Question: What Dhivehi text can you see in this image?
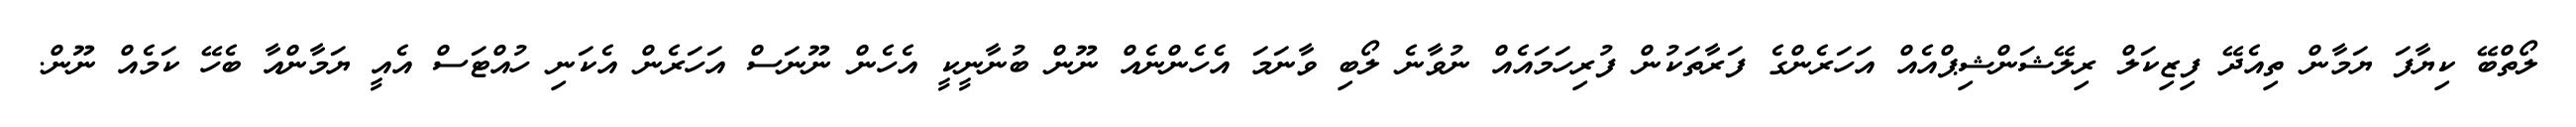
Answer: ލޯތްބޭ ކިޔާފަ ޔަމާން ތިއެދޭ ފިޒިކަލް ރިލޭޝަންޝިޕްއެއް އަހަރެންގެ ފަރާތަކުން ފުރިހަމައެއް ނުވާނެ ލޯބި ވާނަމަ އެހެންނެއް ނޫން ބުނާނީކީ އެހެން ނޫނަސް އަހަރެން އެކަނި ހުއްޓަސް އެއީ ޔަމާންއާ ބެހޭ ކަމެއް ނޫން.